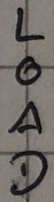
Text: LOAD